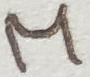
Text: M